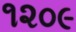
૧૨૦૯